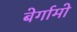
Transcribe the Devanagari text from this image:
बेर्गामो